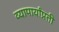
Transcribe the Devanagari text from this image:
व्यापार्यांप्रती